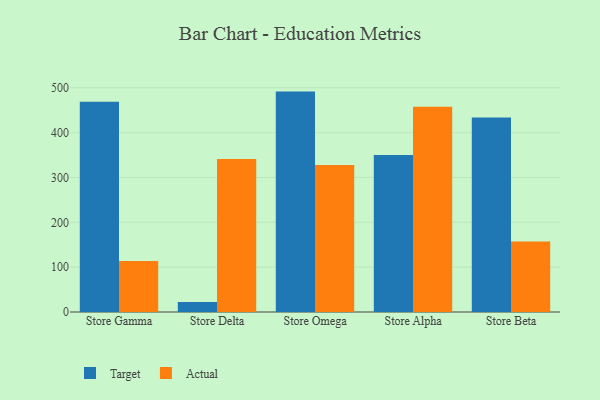
{"axis": {"x": "Store", "y": "LTV (USD)"}, "legend": ["Actual", "Target"], "data": [{"x": "Store Gamma", "y": 469.0, "type": "Target"}, {"x": "Store Gamma", "y": 113.6, "type": "Actual"}, {"x": "Store Delta", "y": 22.2, "type": "Target"}, {"x": "Store Delta", "y": 341.4, "type": "Actual"}, {"x": "Store Omega", "y": 491.4, "type": "Target"}, {"x": "Store Omega", "y": 327.8, "type": "Actual"}, {"x": "Store Alpha", "y": 350.3, "type": "Target"}, {"x": "Store Alpha", "y": 457.9, "type": "Actual"}, {"x": "Store Beta", "y": 433.7, "type": "Target"}, {"x": "Store Beta", "y": 157.0, "type": "Actual"}]}